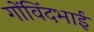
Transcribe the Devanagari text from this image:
गोंविंदभाई